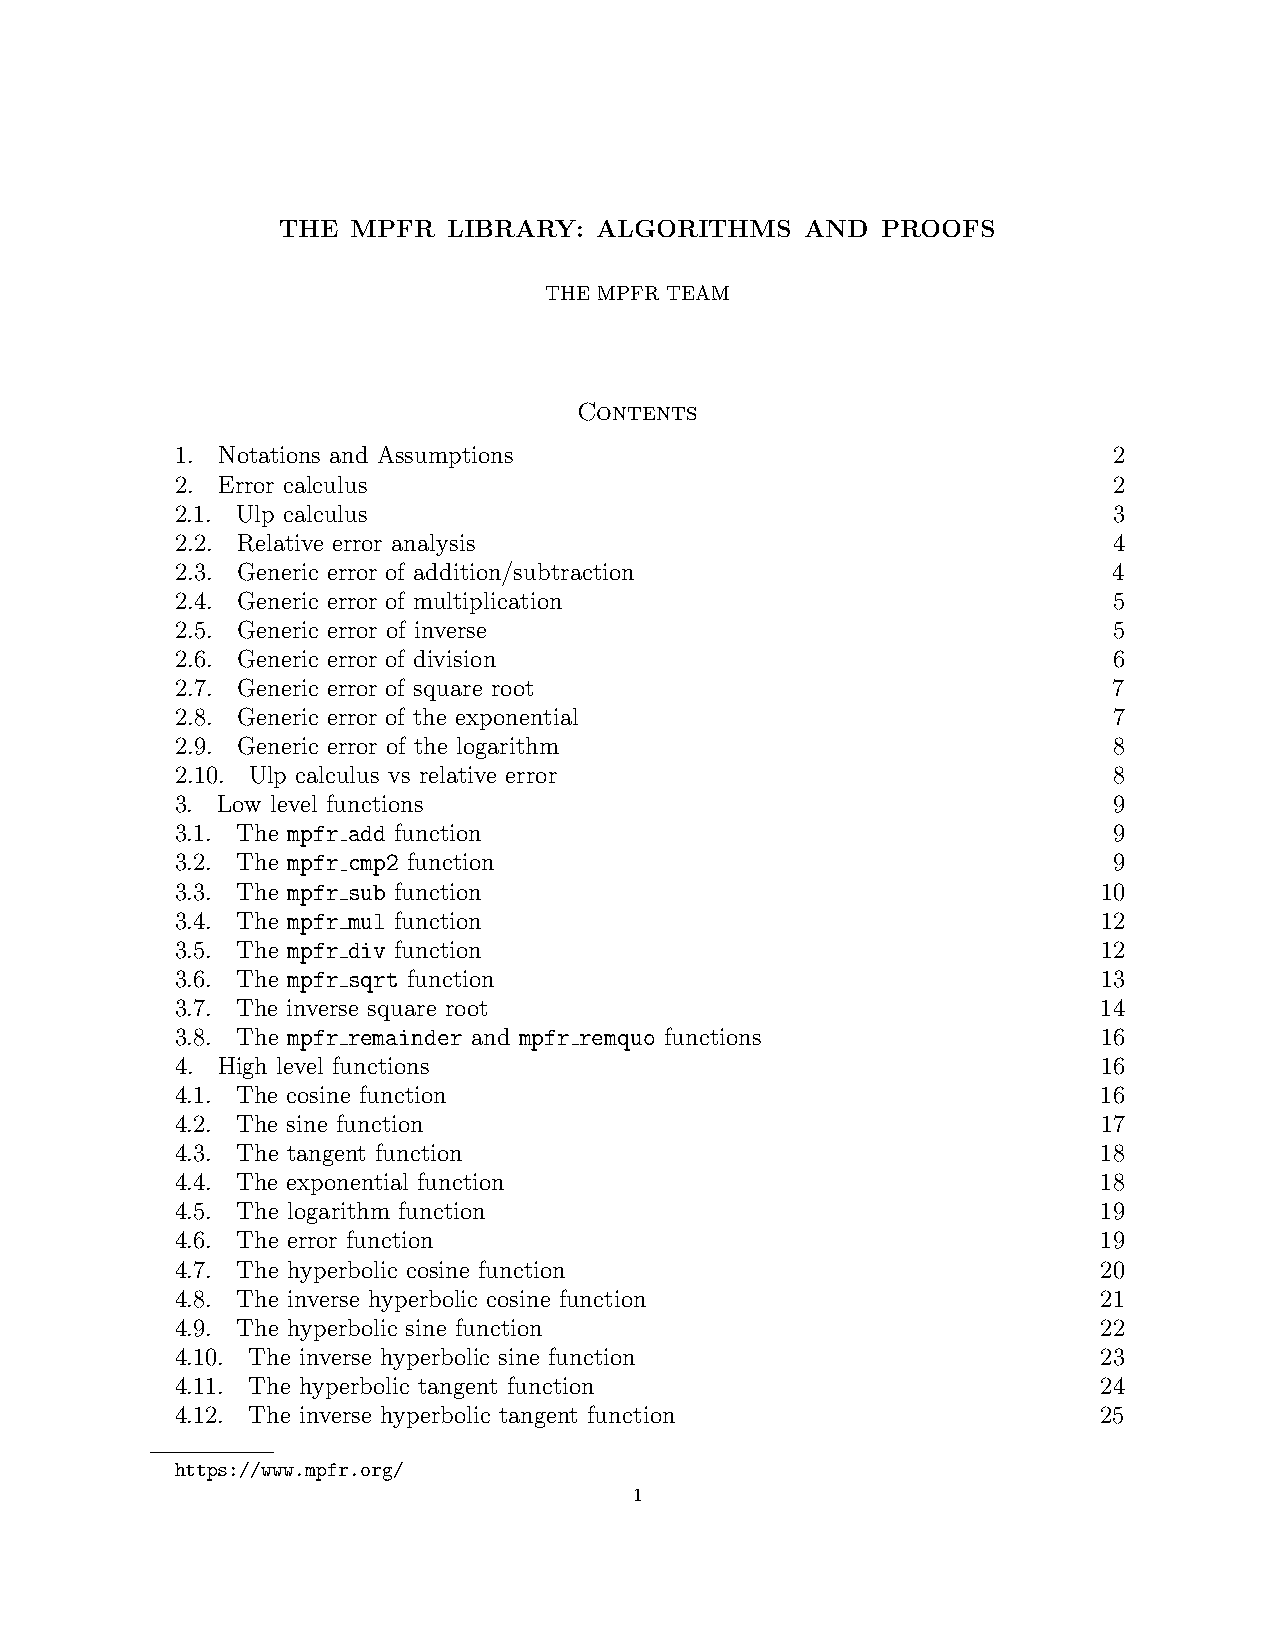
THE  MPFR   LIBRARY: ALGORITHMS    AND  PROOFS
 THE MPFR TEAM
 Contents
 1. Notations and Assumptions                                  2
 2. Error calculus                                             2
 2.1. Ulp calculus                                             3
 2.2. Relative error analysis                                  4
 2.3. Generic error of addition/subtraction                    4
 2.4. Generic error of multiplication                          5
 2.5. Generic error of inverse                                 5
 2.6. Generic error of division                                6
 2.7. Generic error of square root                             7
 2.8. Generic error of the exponential                         7
 2.9. Generic error of the logarithm                           8
 2.10. Ulp calculus vs relative error                          8
 3. Low level functions                                        9
 3.1. The mpfr add function                                    9
 3.2. The mpfr cmp2 function                                   9
 3.3. The mpfr sub function                                   10
 3.4. The mpfr mul function                                   12
 3.5. The mpfr div function                                   12
 3.6. The mpfr sqrt function                                  13
 3.7. The inverse square root                                 14
 3.8. The mpfr remainder and mpfr remquo functions            16
 4. High level functions                                      16
 4.1. The cosine function                                     16
 4.2. The sine function                                       17
 4.3. The tangent function                                    18
 4.4. The exponential function                                18
 4.5. The logarithm function                                  19
 4.6. The error function                                      19
 4.7. The hyperbolic cosine function                          20
 4.8. The inverse hyperbolic cosine function                  21
 4.9. The hyperbolic sine function                            22
 4.10. The inverse hyperbolic sine function                   23
 4.11. The hyperbolic tangent function                        24
 4.12. The inverse hyperbolic tangent function                25
 https://www.mpfr.org/
 1